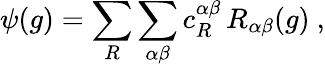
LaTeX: \psi(g)=\sum_{R}\sum_{\alpha\beta}c_{R}^{\alpha\beta}\, R_{\alpha\beta}(g)~,